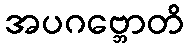
အပဂဗ္ဘောတိ